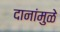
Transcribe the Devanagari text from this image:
दानांमुळे